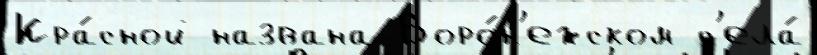
Кра́сной названа Воро́н'ежском с'ела́